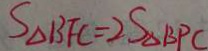
S _ { \Delta B F C } = 2 S _ { \Delta B P C }